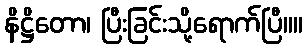
နိဋ္ဌိတော၊ ပြီးခြင်းသို့ရောက်ပြီ။။